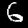
Label: 6